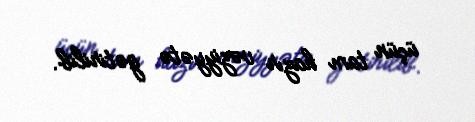
üçün tam hazır vəziyyətə gətirilib.